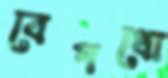
বেপথো